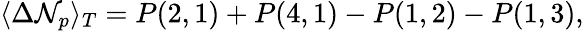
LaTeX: \langle\Delta\mathcal{N}_{p}\rangle_{T}=P(2,1)+P(4,1)-P(1,2)-P(1,3),